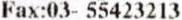
FAX:03- 55423213